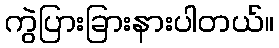
ကွဲပြားခြားနားပါတယ်။